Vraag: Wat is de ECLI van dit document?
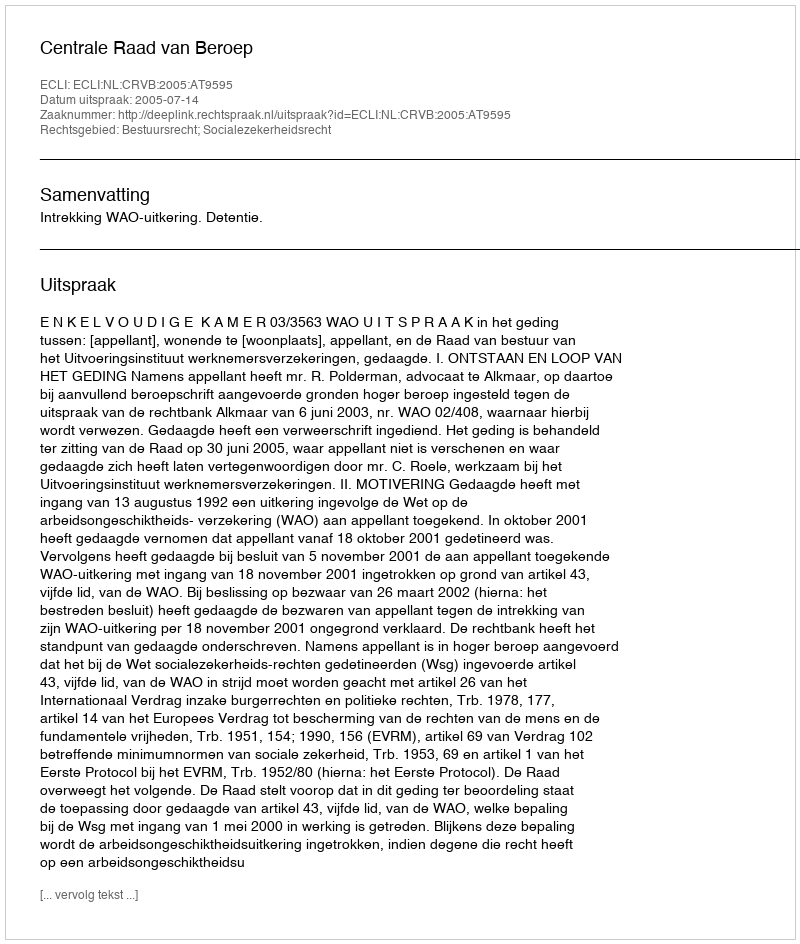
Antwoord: ECLI:NL:CRVB:2005:AT9595